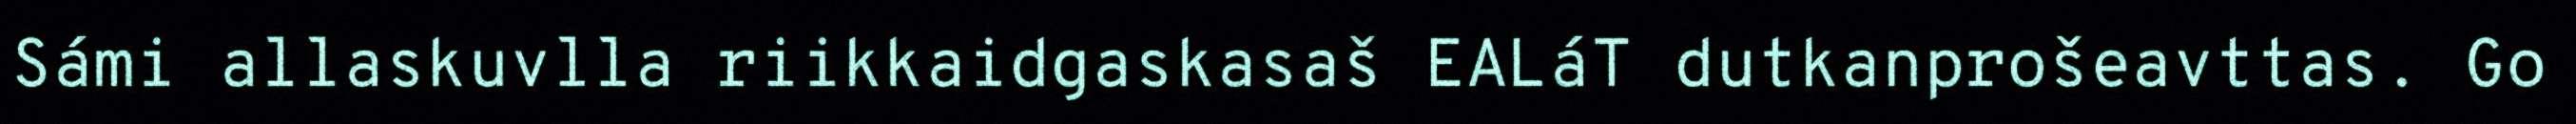
Sámi allaskuvlla riikkaidgaskasaš EALáT dutkanprošeavttas. Go